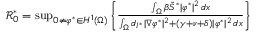
\begin{array} { r } { \mathcal { R } _ { 0 } ^ { * } = \operatorname* { s u p } _ { 0 \neq \varphi ^ { * } \in H ^ { 1 } ( \Omega ) } \left\{ \frac { \int _ { \Omega } \beta \tilde { S } ^ { * } | \varphi ^ { * } | ^ { 2 } \, d x } { \int _ { \Omega } d _ { I ^ { * } } | \nabla \varphi ^ { * } | ^ { 2 } + ( \gamma + \nu + \delta ) | \varphi ^ { * } | ^ { 2 } \, d x } \right\} } \end{array}